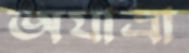
অযাত্রা